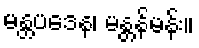
မန္တပဒေန၊ မန္တန်မန်း။